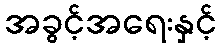
အခွင့်အရေးနှင့်